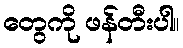
တွေကို ဖန်တီးပါ။